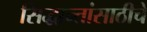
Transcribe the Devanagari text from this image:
सिद्धान्तांसाठीचे